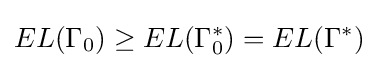
EL(\Gamma _{0})\geq EL(\Gamma _{0}^{*})=EL(\Gamma ^{*})